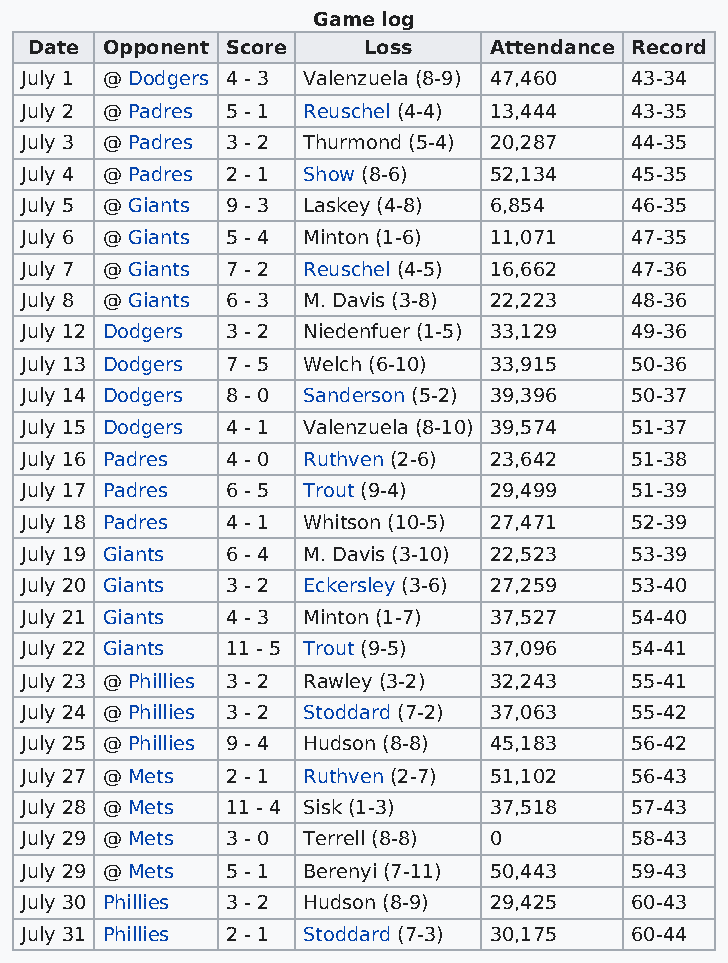
Game log
 Date Opponent Score   Loss    Attendance Record
 July 1 @ Dodgers 4 - 3 Valenzuela (8-9) 47,460 43-34
 July 2 @ Padres 5 - 1 Reuschel (4-4) 13,444 43-35
 July 3 @ Padres 3 - 2 Thurmond (5-4) 20,287 44-35
 July 4 @ Padres 2 - 1 Show (8-6) 52,134  45-35
 July 5 @ Giants 9 - 3 Laskey (4-8) 6,854 46-35
 July 6 @ Giants 5 - 4 Minton (1-6) 11,071 47-35
 July 7 @ Giants 7 - 2 Reuschel (4-5) 16,662 47-36
 July 8 @ Giants 6 - 3 M. Davis (3-8) 22,223 48-36
 July 12 Dodgers 3 - 2 Niedenfuer (1-5) 33,129 49-36
 July 13 Dodgers 7 - 5 Welch (6-10) 33,915 50-36
 July 14 Dodgers 8 - 0 Sanderson (5-2) 39,396 50-37
 July 15 Dodgers 4 - 1 Valenzuela (8-10) 39,574 51-37
 July 16 Padres 4 - 0 Ruthven (2-6) 23,642 51-38
 July 17 Padres 6 - 5 Trout (9-4) 29,499  51-39
 July 18 Padres 4 - 1 Whitson (10-5) 27,471 52-39
 July 19 Giants 6 - 4 M. Davis (3-10) 22,523 53-39
 July 20 Giants 3 - 2 Eckersley (3-6) 27,259 53-40
 July 21 Giants 4 - 3 Minton (1-7) 37,527 54-40
 July 22 Giants 11 - 5 Trout (9-5) 37,096 54-41
 July 23 @ Phillies 3 - 2 Rawley (3-2) 32,243 55-41
 July 24 @ Phillies 3 - 2 Stoddard (7-2) 37,063 55-42
 July 25 @ Phillies 9 - 4 Hudson (8-8) 45,183 56-42
 July 27 @ Mets 2 - 1 Ruthven (2-7) 51,102 56-43
 July 28 @ Mets 11 - 4 Sisk (1-3) 37,518  57-43
 July 29 @ Mets 3 - 0 Terrell (8-8) 0     58-43
 July 29 @ Mets 5 - 1 Berenyi (7-11) 50,443 59-43
 July 30 Phillies 3 - 2 Hudson (8-9) 29,425 60-43
 July 31 Phillies 2 - 1 Stoddard (7-3) 30,175 60-44